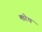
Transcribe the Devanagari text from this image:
मारेथ